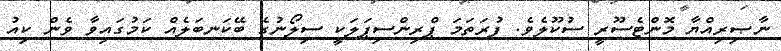
ނާޞިރިއްޔާ މޮންޓެސޫރީ ސުކޫލެވެ. ފުރަތަމަ ޕްރިންސިޕަލަކީ ސިލޯނުގެ ބޭކަނބަލެއް ކަމުގައިވާ ވެން ކިއު